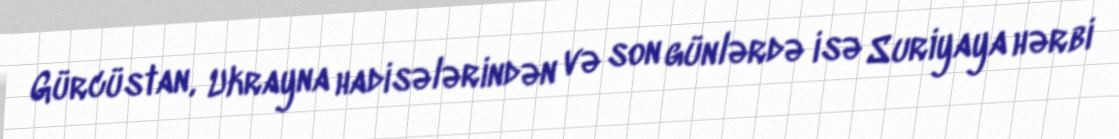
Gürcüstan, Ukrayna hadisələrindən və son günlərdə isə Suriyaya hərbi